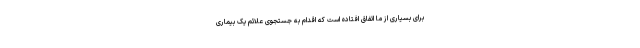
برای بسیاری از ما اتفاق افتاده است که اقدام به جستجوی علائم یک بیماری